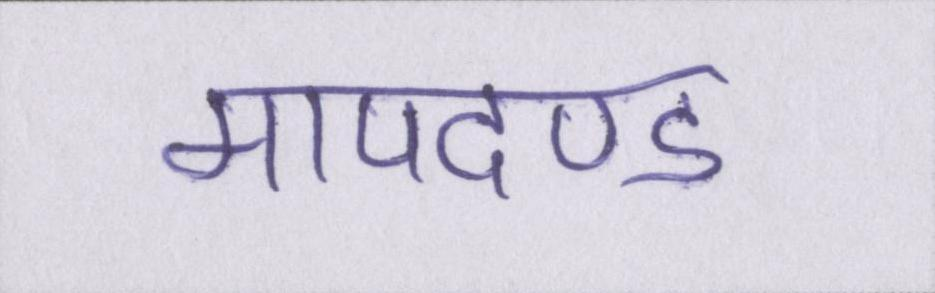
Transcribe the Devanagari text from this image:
मापदण्ड